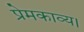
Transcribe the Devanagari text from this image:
प्रेमकाव्य।